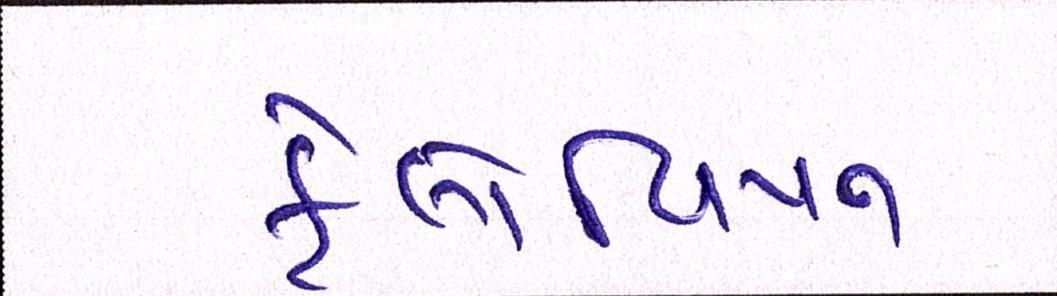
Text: ફેલોપિયન